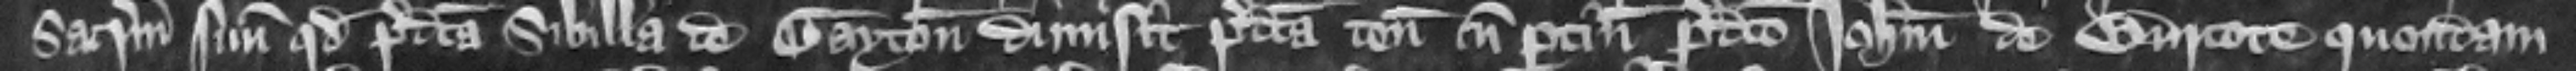
sacramentum suum quod predicta Sibilla de Gayton dimisit predicta tenementa cum pertinenciis predicto Iohanni de Burcote quondam